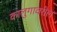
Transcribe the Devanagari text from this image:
कालुगावरील